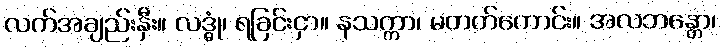
လက်အချည်းနှီး။ လဒ္ဓုံ၊ ရခြင်းငှာ။ နသက္ကာ၊ မတတ်ကောင်း။ အလဘန္တော၊